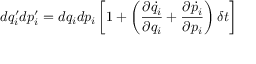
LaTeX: d q _ { i } ^ { \prime } d p _ { i } ^ { \prime } = d q _ { i } d p _ { i } \left[ 1 + \left( { \frac { \partial { \dot { q _ { i } } } } { \partial q _ { i } } } + { \frac { \partial { \dot { p _ { i } } } } { \partial p _ { i } } } \right) \delta t \right]